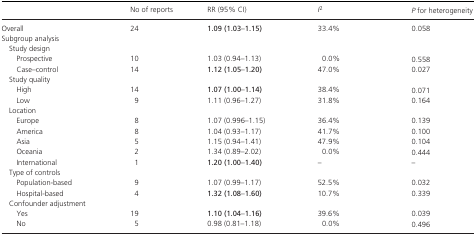
|  | No of reports | RR (95% CI) | I2 | P for heterogeneity |
 | --- | --- | --- | --- | --- |
 | Overall | 24 | 1.09 (1.03–1.15) | 33.4% | 0.058 |
 | <COLSPAN=5> Subgroup analysis |
 | <COLSPAN=5> Study design |
 | Prospective | 10 | 1.03 (0.94–1.13) | 0.0% | 0.558 |
 | Case–control | 14 | 1.12 (1.05–1.20) | 47.0% | 0.027 |
 | <COLSPAN=5> Study quality |
 | High | 14 | 1.07 (1.00–1.14) | 38.4% | 0.071 |
 | Low | 9 | 1.11 (0.96–1.27) | 31.8% | 0.164 |
 | <COLSPAN=5> Location |
 | Europe | 8 | 1.07 (0.996–1.15) | 36.4% | 0.139 |
 | America | 8 | 1.04 (0.93–1.17) | 41.7% | 0.100 |
 | Asia | 5 | 1.15 (0.94–1.41) | 47.9% | 0.104 |
 | Oceania | 2 | 1.34 (0.89–2.02) | 0.0% | 0.444 |
 | International | 1 | 1.20 (1.00–1.40) | – | – |
 | <COLSPAN=5> Type of controls |
 | Population‐based | 9 | 1.07 (0.99–1.17) | 52.5% | 0.032 |
 | Hospital‐based | 4 | 1.32 (1.08–1.60) | 10.7% | 0.339 |
 | <COLSPAN=5> Confounder adjustment |
 | Yes | 19 | 1.10 (1.04–1.16) | 39.6% | 0.039 |
 | No | 5 | 0.98 (0.81–1.18) | 0.0% | 0.496 |